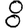
Digit: 8